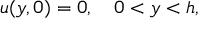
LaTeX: u ( y , 0 ) = 0 , \quad 0 < y < h ,